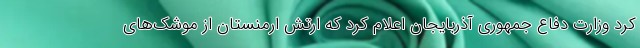
کرد وزارت دفاع جمهوری آذربایجان اعلام کرد که ارتش ارمنستان از موشک‌های